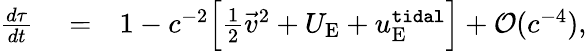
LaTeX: \begin{array}{rlr}{\frac{d\tau}{dt}}&{{}=}&{1-c^{-2}\Big[{\textstyle\frac{1}{2}}{\vec{v}}^{2}+U_{\mathrm{E}}+u_{\mathrm{E}}^{\tt tidal}\Big]+{\cal O}({c^{-4}}),}\end{array}